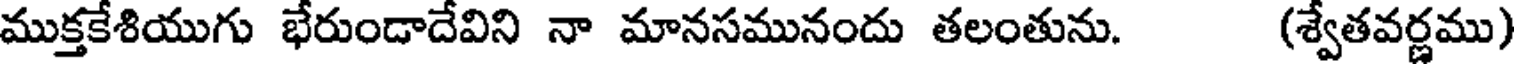
ముక్తకేశియుగు భేరుండాదేవిని నా మానసమునందు తలంతును. (శ్వేతవర్ణము)